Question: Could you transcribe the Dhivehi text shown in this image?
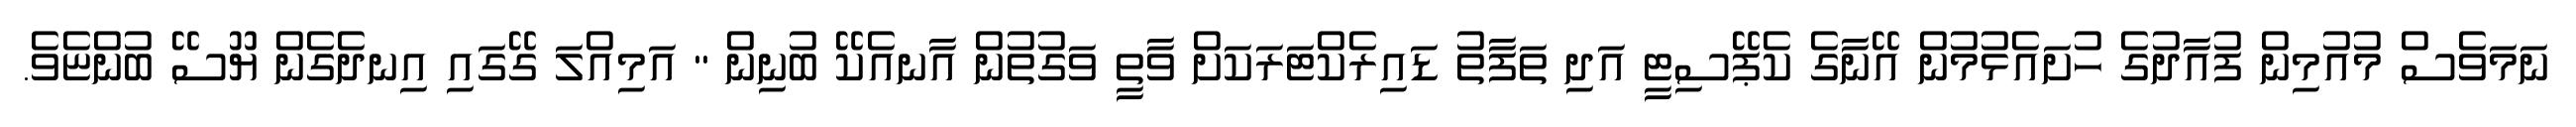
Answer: ނަމަވެސް މުއުމިން ފުއާދުގެ ހުށައެޅުމުން އޭނާގެ ކެޕޭސިޓީ އަދި ތަފާތު ޑައިރެކްޓަރަކަށް ވާތީ ވަގުތުން އާނއެކޭ ބުނިން " އަމިއްލަ ގޭގައި އިނދެގެން ޔޫސޭ ބުންޏެވެ.